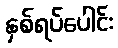
နှစ်ရပ်ပေါင်း